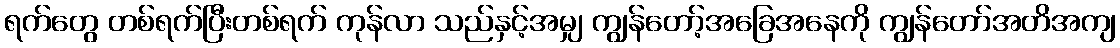
ရက်တွေ တစ်ရက်ပြီးတစ်ရက် ကုန်လာ သည်နှင့်အမျှ ကျွန်တော့်အခြေအနေကို ကျွန်တော်အတိအကျ